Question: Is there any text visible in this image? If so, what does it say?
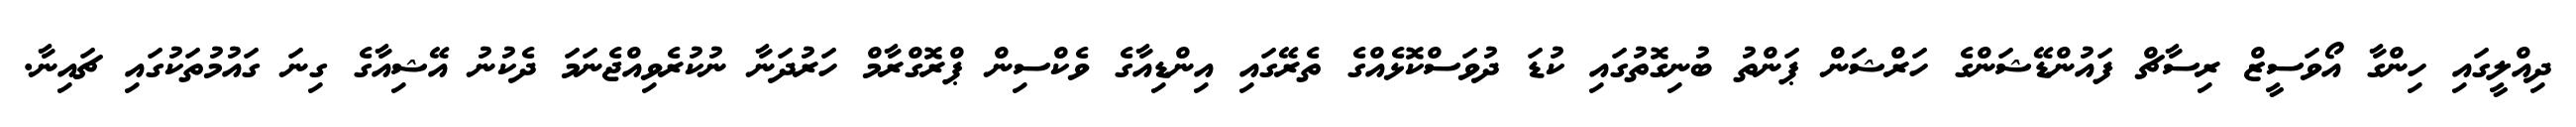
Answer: ދިއްލީގައި ހިންގާ އޯވަސީޒް ރިސާޗް ފައުންޑޭޝަންގެ ހަރްޝަން ޕަންތު ބުނިގޮތުގައި ކުޑަ ދުވަސްކޮޅެއްގެ ތެރޭގައި އިންޑިއާގެ ވެކްސިން ޕްރޮގްރާމް ހަރުދަނާ ނުކުރެވިއްޖެނަމަ ދެކުނު އޭޝިއާގެ ގިނަ ގައުމުތަކުގައި ޗައިނާ.